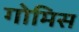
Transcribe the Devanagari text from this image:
गोमिस